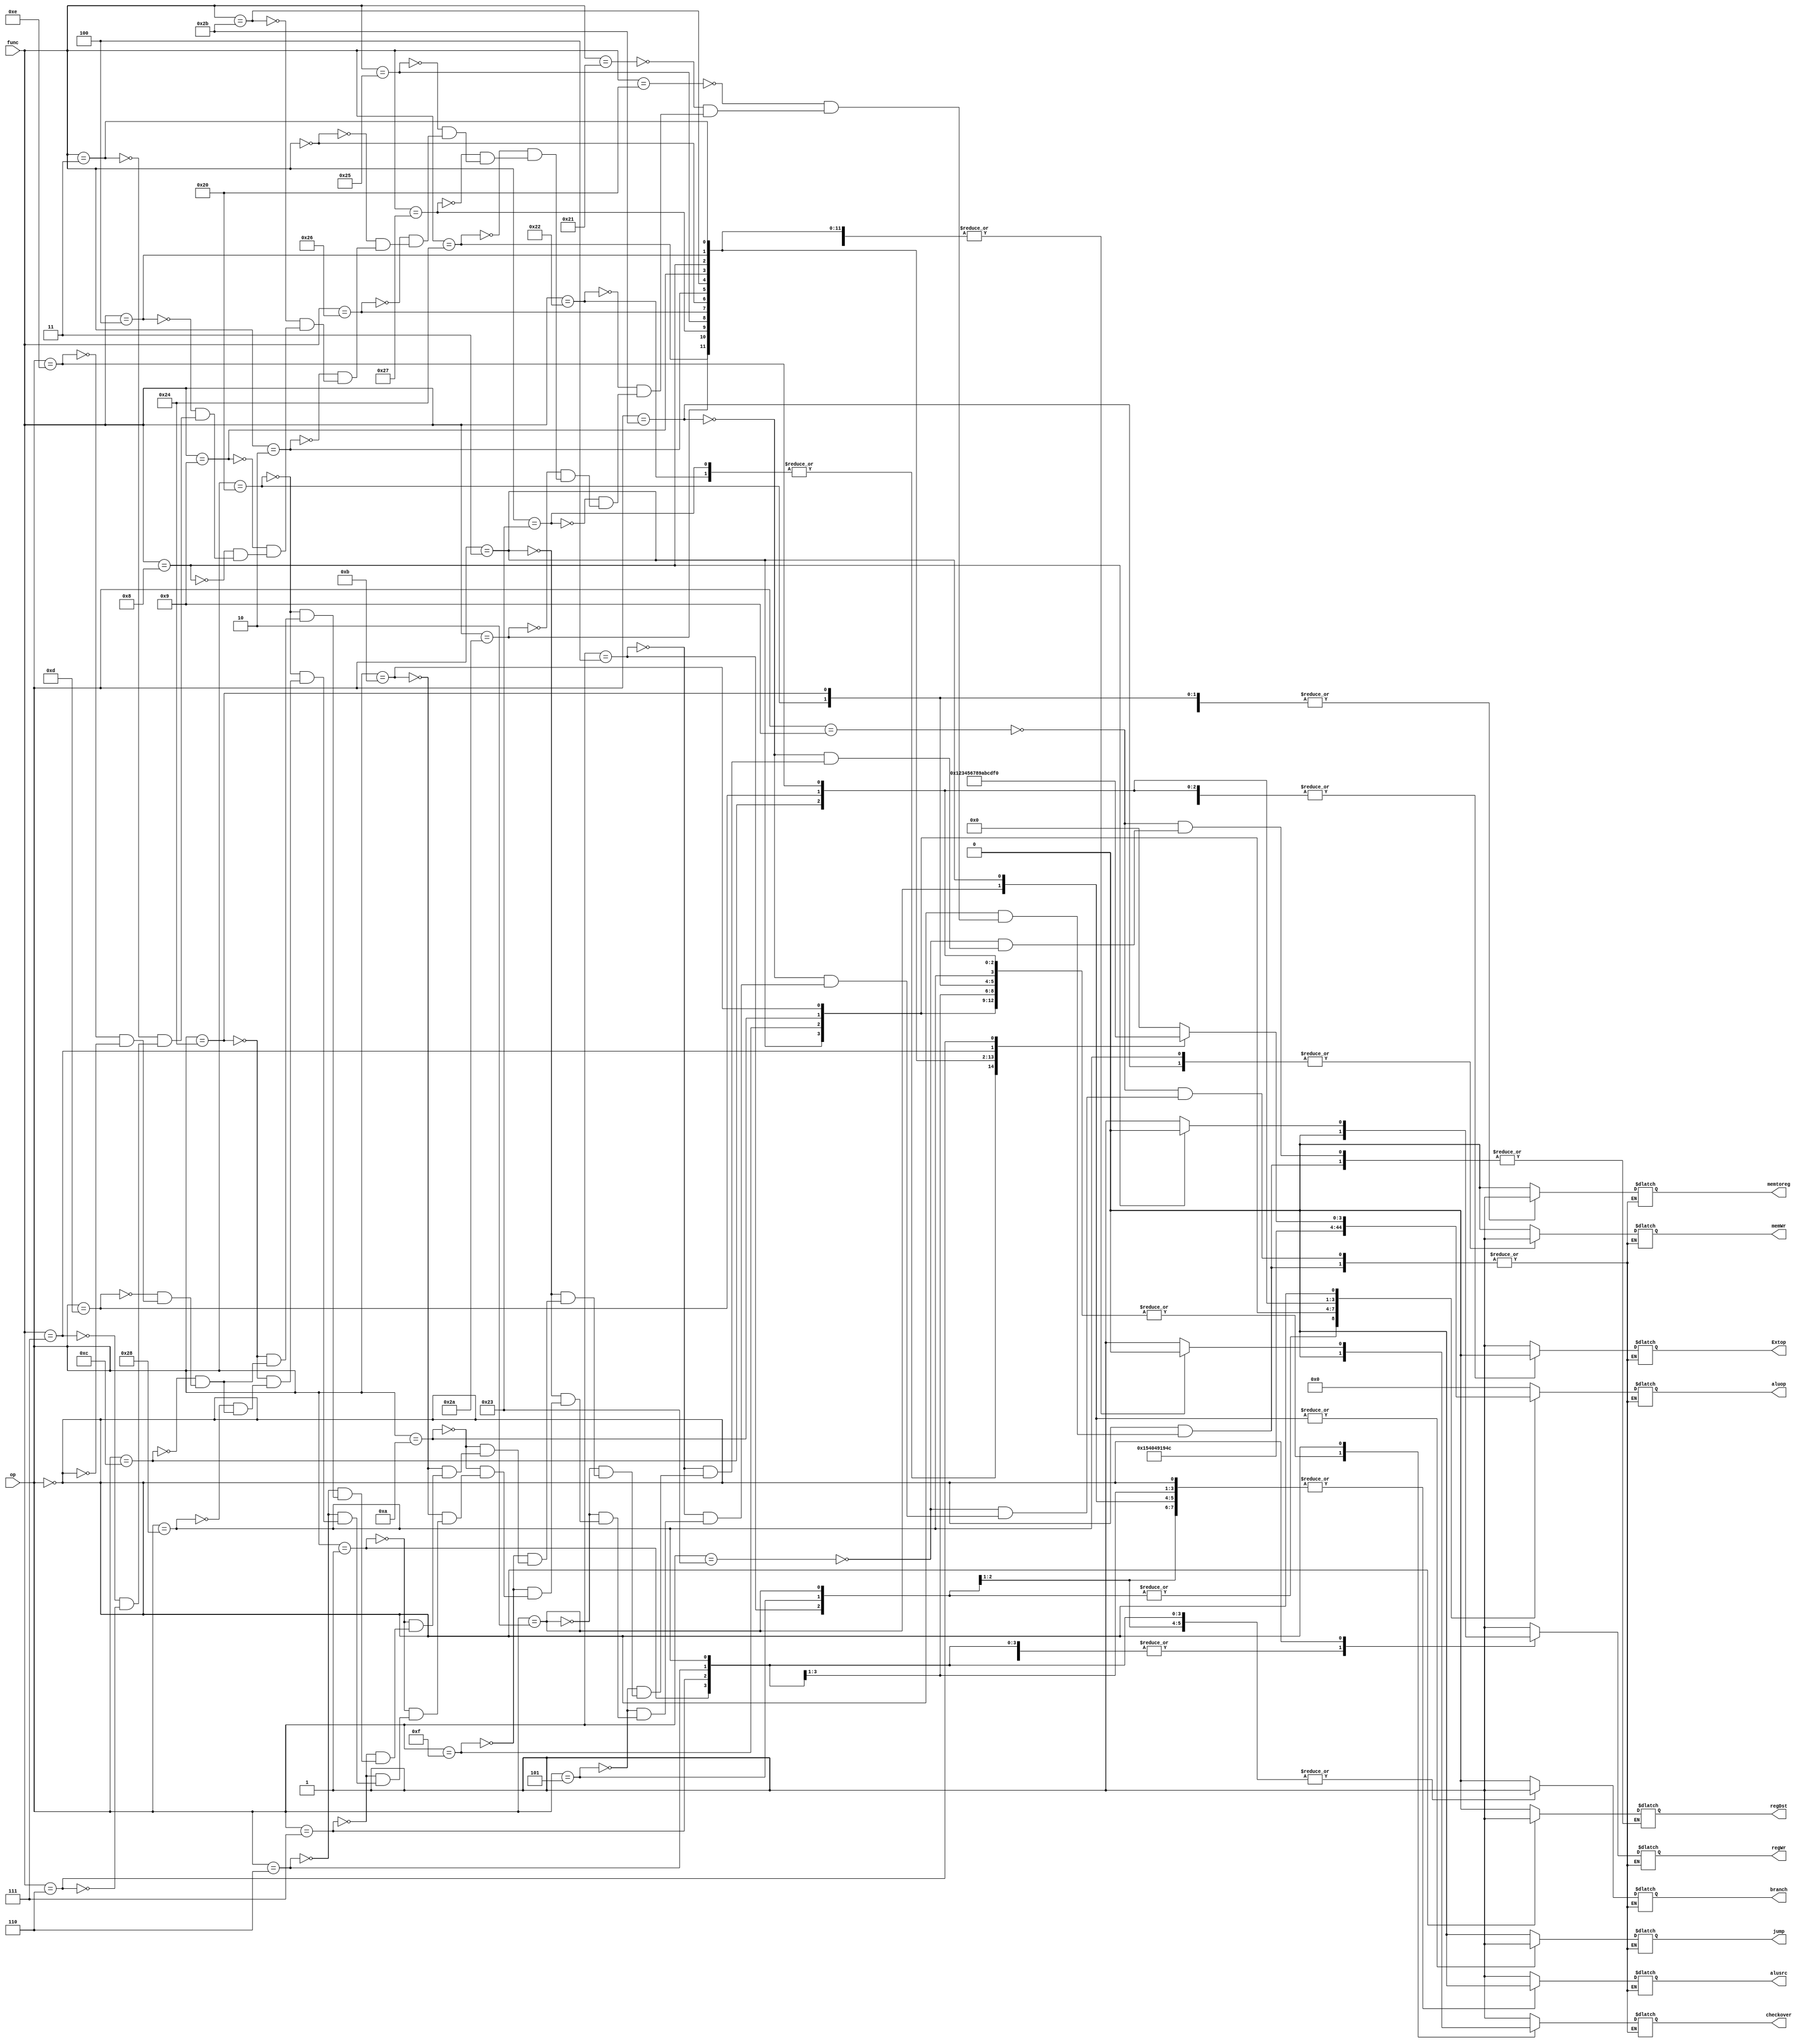
`timescale 1ns / 1ps
module Control(
	op,
	func,
	regWr,
	regDst,
	Extop,
	alusrc,
	aluop,
	memWr,
	memtoreg,
	checkover,
	branch,
	jump
);

input wire[5:0] op;
input wire[5:0] func;
output reg regWr,regDst,Extop,alusrc,memWr,memtoreg,checkover,branch,jump;
output reg[4:0] aluop;

initial begin
	regWr = 0;
	regDst = 0;
	Extop = 0;
	alusrc = 0;
	memWr = 0;
	memtoreg = 0;
	branch = 0;
	jump = 0;
end

always@(op or func)
begin
	case(op)
		6'b001001: begin  //addi
			Extop = 1;
			regDst = 0;
			regWr = 1;
			alusrc = 1;
			memtoreg = 0;
			checkover = 1;
			memWr = 0;
			branch = 0;
			jump = 0;
			aluop = 5'b00000;// addu
			end
		6'b100011: begin  //load word
			Extop = 1;
			regDst = 0;
			regWr = 1;
			alusrc = 1;
			memtoreg = 1;
			checkover = 0;
			memWr = 0;
			branch = 0;
			jump = 0;
			aluop = 5'b00000;  //addu
			end
		6'b101011: begin  //store word
			Extop = 1;
			regDst = 0;  //have nothing to do with
			regWr = 0;
			alusrc = 1;
			memtoreg = 1;  //have nothing to do with
			memWr = 1;
			checkover = 0;
			branch = 0;
			jump = 0;
			aluop = 5'b00000;  //addu
			end
		6'b000100: begin  //beq
			Extop = 1;  //have nothing to do with
			regDst = 0;  //have nothing to do with
			regWr = 0;
			alusrc = 0;
			memtoreg = 1;  //have nothing to do with
			memWr = 0;
   			checkover = 0;
			branch = 1;
			jump = 0;
			aluop = 5'b00001;  //subu
			end
		6'b000101: begin  //bne
			Extop = 1;  //have nothing to do with
			regDst = 0;  //have nothing to do with
			regWr = 0;
			alusrc = 0;
			memtoreg = 1;  //have nothing to do with
			memWr = 0;
			checkover = 0;
			branch = 1;
			jump = 0;
			aluop = 5'b00001;  //subu
			end
		6'b000010: begin  //jump
			Extop = 1;  //have nothing to do with
			regDst = 0;  //have nothing to do with
			regWr = 0;
			alusrc = 0;  //have nothing to do with
			memtoreg = 1;  //have nothing to do with
			memWr = 0;
			checkover = 0;
			branch = 0;
			jump = 1;
			aluop = 5'b00001;  //have nothing to do with
			end
		6'b000011: begin  //jal
			Extop = 1;  //have nothing to do with
			regDst = 0;  //have nothing to do with
			regWr = 1;
			alusrc = 0;  //have nothing to do with
			memtoreg = 0;
			memWr = 0;
			checkover = 0;
			branch = 0;
			jump = 1;
			aluop = 5'b01010;  //jalr
			end
		6'b001111: begin  //lui
			Extop = 0;
			regDst = 0;
			regWr = 1;
			alusrc = 1;
			memtoreg = 0;
			memWr = 0;
			checkover = 0;
			branch = 0;
			jump = 0;
			aluop = 5'b10000;  //lui
			end
		6'b001010: begin  //slti
			Extop = 1;
			regDst = 0;
			regWr = 1;
			alusrc = 1;
			memtoreg = 0;
			memWr = 0;
			checkover = 0;
			branch = 0;
			jump = 0;
			aluop = 5'b00010;  //slti
			end
		6'b001011: begin  //sltiu
			Extop = 1;
			regDst = 0;
			regWr = 1;
			alusrc = 1;
			memtoreg = 0;
			memWr = 0;
			checkover = 0;
			branch = 0;
			jump = 0;
			aluop = 5'b01001;  //sltiu
			end
		6'b000001: begin  //bgez
			Extop = 0;  //have nothing to do with
			regDst = 0;  //have nothing to do with
			regWr = 0;
			alusrc = 0;
			memtoreg = 0;  //have nothing to do with
			memWr = 0;
			checkover = 0;
			branch = 1;
			jump = 0;
			aluop = 5'b00000;  //have nothing to do with
			end
		6'b000111: begin  //bgtz
			Extop = 0;  //have nothing to do with
			regDst = 0;  //have nothing to do with
			regWr = 0;
			alusrc = 0;
			memtoreg = 0;  //have nothing to do with
			memWr = 0;
			checkover = 0;
			branch = 1;
			jump = 0;
			aluop = 5'b00000;  //have nothing to do with
			end
		6'b000110: begin  //blez
			Extop = 0;  //have nothing to do with
			regDst = 0;  //have nothing to do with
			regWr = 0;
			alusrc = 0;
			memtoreg = 0;  //have nothing to do with
			memWr = 0;
			checkover = 0;
			branch = 1;
			jump = 0;
			aluop = 5'b00000;  //have nothing to do with
			end
		6'b000001: begin  //bltz
			Extop = 0;  //have nothing to do with
			regDst = 0;  //have nothing to do with
			regWr = 0;
			alusrc = 0;
			memtoreg = 0;  //have nothing to do with
			memWr = 0;
			checkover = 0;
			branch = 1;
			jump = 0;
			aluop = 5'b00000;  //have nothing to do with
			end
		6'b100000: begin  //lb
			Extop = 1;
			regDst = 0;
			alusrc = 1;
			memtoreg = 1;
			regWr = 1;
			memWr = 0;
			checkover = 0;
			branch = 0;
			jump = 0;
			aluop = 5'b00000;  //have nothing to do with
			end
		6'b100100: begin  //lbu
			Extop = 1;
			regDst = 0;
			alusrc = 1;
			memtoreg = 1;
			regWr = 1;
			memWr = 0;
			checkover = 0;
			branch = 0;
			jump = 0;
			aluop = 5'b00000;  //have nothing to do with
			end
		6'b101000: begin  //sb
			Extop = 1;
			regWr = 0;
			memWr = 1;
			alusrc = 1;
			memtoreg = 0;
			checkover = 0;
			branch = 1;
			jump = 0;
			aluop = 5'b00000;  //have nothing to do with
			end
		6'b001100: begin  //andi
			Extop = 0;
			regDst = 0;
			regWr = 1;
			alusrc = 1;
			memtoreg = 0;
			memWr = 0;
			checkover = 0;
			branch = 0;
			jump = 0;
			aluop = 5'b00011;  //and
			end
		6'b001101: begin  //ori
			Extop = 0;
			regDst = 0;
			regWr = 1;
			alusrc = 1;
			memtoreg = 0;
			memWr = 0;
			checkover = 0;
			branch = 0;
			jump = 0;
			aluop = 5'b00101;  //or
			end
		6'b001110: begin  //xori
			Extop = 0;
			regDst = 0;
			regWr = 1;
			alusrc = 1;
			memtoreg = 0;
			memWr = 0;
			checkover = 0;
			branch = 0;
			jump = 0;
			aluop = 5'b00110;  //xor
			end
		6'b000000: begin  //R-type
			case(func)
				6'b100000: begin  //add
				Extop = 1;  //have nothing to do with
				regDst = 1;
				regWr = 1;
				alusrc = 0;
				memtoreg = 0;
				memWr = 0;
				checkover = 1;
				branch = 0;
				jump = 0;
				aluop = 5'b00000;  // add
				end
				6'b100001: begin  //addu
				Extop = 1;  //have nothing to do with
				regDst = 1;
				regWr = 1;
				alusrc = 0;
				memtoreg = 0;
				memWr = 0;
				checkover = 0;
				branch = 0;
				jump = 0;
				aluop = 5'b00000;  // add
				end
				6'b100010: begin  //sub
				Extop = 1;  //have nothing to do with
				regDst = 1;
				regWr = 1;
				alusrc = 0;
				memtoreg = 0;
				memWr = 0;
				checkover = 1;
				branch = 0;
				jump = 0;
				aluop = 5'b00001;  // sub
				end
				6'b100011: begin  //subu
				Extop = 1;  //have nothing to do with
				regDst = 1;
				regWr = 1;
				alusrc = 0;
				memtoreg = 0;
				memWr = 0;
				checkover = 0;
				branch = 0;
				jump = 0;
				aluop = 5'b00001;  // sub
				end
				6'b101010: begin  //slt
				Extop = 1;  //have nothing to do with
				regDst = 1;
				regWr = 1;
				alusrc = 0;
				memtoreg = 0;
				memWr = 0;
				checkover = 0;
				branch = 0;
				jump = 0;
				aluop = 5'b00010;  // slt
				end
				6'b100100: begin  //and
				Extop = 1;  //have nothing to do with
				regDst = 1;
				regWr = 1;
				alusrc = 0;
				memtoreg = 0;
				memWr = 0;
				checkover = 0;
				branch = 0;
				jump = 0;
				aluop = 5'b00011;  // and
				end
				6'b100111: begin  //nor
				Extop = 1;  //have nothing to do with
				regDst = 1;
				regWr = 1;
				alusrc = 0;
				memtoreg = 0;
				memWr = 0;
				checkover = 0;
				branch = 0;
				jump = 0;
				aluop = 5'b00100;  // nor
				end
				6'b100101: begin  //or
				Extop = 1;  //have nothing to do with
				regDst = 1;
				regWr = 1;
				alusrc = 0;
				memtoreg = 0;
				memWr = 0;
				checkover = 0;
				branch = 0;
				jump = 0;
				aluop = 5'b00101;  //  or
				end
				6'b100110: begin  //xor
				Extop = 1;  //have nothing to do with
				regDst = 1;
				regWr = 1;
				alusrc = 0;
				memtoreg = 0;
				memWr = 0;
				checkover = 0;
				branch = 0;
				jump = 0;
				aluop = 5'b00110;  //  xor
				end
				6'b000000: begin  //sll
				Extop = 1;  //have nothing to do with
				regDst = 1;
				regWr = 1;
				alusrc = 0;
				memtoreg = 0;
				memWr = 0;
				checkover = 0;
				branch = 0;
				jump = 0;
				aluop = 5'b00111;  //sll
				end
				6'b000010: begin  //srl
				Extop = 1;  //have nothing to do with
				regDst = 1;
				regWr = 1;
				alusrc = 0;
				memtoreg = 0;
				memWr = 0;
				checkover = 0;
				branch = 0;
				jump = 0;
				aluop = 5'b01000;  //srl
				end
				6'b101011: begin  //sltu
				Extop = 1;  //have nothing to do with
				regDst = 1;
				regWr = 1;
				alusrc = 0;
				memtoreg = 0;
				memWr = 0;
				checkover = 0;
				branch = 0;
				jump = 0;
				aluop = 5'b01001;  //sltu
				end
				6'b001001: begin  //jalr
				Extop = 1;  //have nothing to do with
				regDst = 1;
				regWr = 1;
				alusrc = 0;
				memtoreg = 0;
				memWr = 0;
				checkover = 0;
				branch = 0;
				jump = 0;
				aluop = 5'b01010;  //jalr
				end
				6'b001000: begin  //jr
				Extop = 1;  //have nothing to do with
				regDst = 1;
				regWr = 0;
				alusrc = 0;
				memtoreg = 0;
				memWr = 0;
				checkover = 0;
				branch = 0;
				jump = 0;
				aluop = 5'b01011;  //jr
				end
				6'b000100: begin  //sllv
				Extop = 1;  //have nothing to do with
				regDst = 1;
				regWr = 1;
				alusrc = 0;
				memtoreg = 0;
				memWr = 0;
				checkover = 0;
				branch = 0;
				jump = 0;
				aluop = 5'b01100;  //sllv
				end
				6'b000011: begin  //sra
				Extop = 1;  //have nothing to do with
				regDst = 1;
				regWr = 1;
				alusrc = 0;
				memtoreg = 0;
				memWr = 0;
				checkover = 0;
				branch = 0;
				jump = 0;
				aluop = 5'b01101;  //sra
				end
				6'b000111: begin  //srav
				Extop = 1;  //have nothing to do with
				regDst = 1;
				regWr = 1;
				alusrc = 0;
				memtoreg = 0;
				memWr = 0;
				checkover = 0;
				branch = 0;
				jump = 0;
				aluop = 5'b01110;  //srav
				end
				6'b000110: begin  //srlv
				Extop = 1;  //have nothing to do with
				regDst = 1;
				regWr = 1;
				alusrc = 0;
				memtoreg = 0;
				memWr = 0;
				checkover = 0;
				branch = 0;
				jump = 0;
				aluop = 5'b01111;  //srlv
				end
			endcase
		end
	endcase
end
endmodule